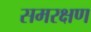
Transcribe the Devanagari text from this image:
समरक्षण